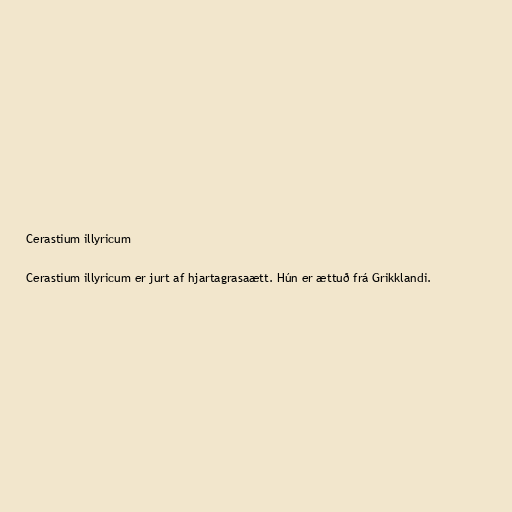
Cerastium illyricum

Cerastium illyricum er jurt af hjartagrasaætt. Hún er ættuð frá Grikklandi.